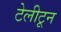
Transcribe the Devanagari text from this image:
टेलीटून